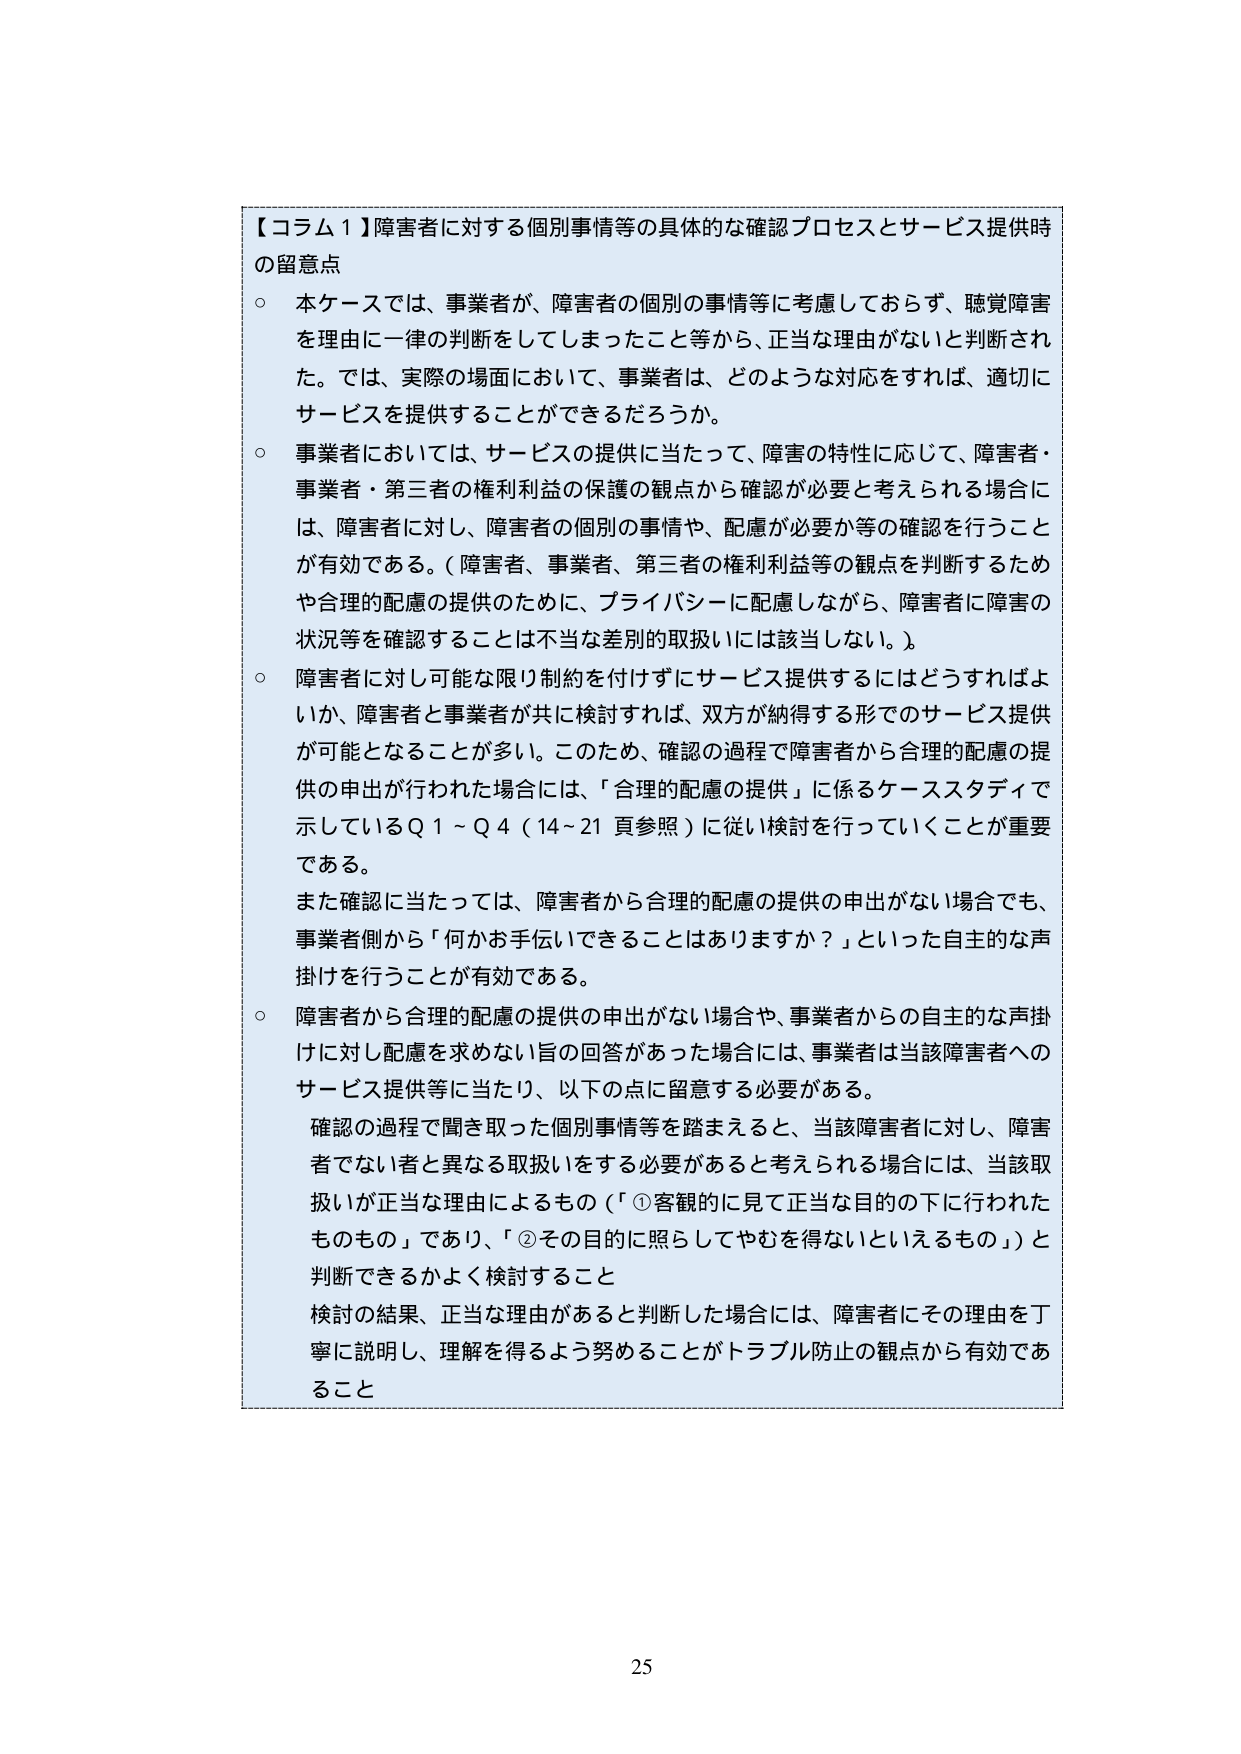
【コラム１】障害者に対する個別事情等の具体的な確認プロセスとサービス提供時の留意点

○ 本ケースでは、事業者が、障害者の個別の事情等に考慮しておらず、聴覚障害を理由に一律の判断をしてしまったこと等から、正当な理由がないと判断された。では、実際の場面において、事業者は、どのような対応をすれば、適切にサービスを提供することができるだろうか。

○ 事業者においては、サービスの提供に当たって、障害の特性に応じて、障害者・事業者・第三者の権利利益の保護の観点から確認が必要と考えられる場合には、障害者に対し、障害者の個別の事情や、配慮が必要か等の確認を行うことが有効である。（障害者、事業者、第三者の権利利益等の観点を判断するためや合理的配慮の提供のために、プライバシーに配慮しながら、障害者に障害の状況等を確認することは不当な差別的取扱いには該当しない。）

○ 障害者に対し可能な限り制約を付けずにサービス提供するにはどうすればよいか、障害者と事業者が共に検討すれば、双方が納得する形でのサービス提供が可能となることが多い。このため、確認の過程で障害者から合理的配慮の提供の申出が行われた場合には、「合理的配慮の提供」に係るケーススタディで示しているＱ１～Ｑ４（14～21頁参照）に従い検討を行っていくことが重要である。

また確認に当たっては、障害者から合理的配慮の提供の申出がない場合でも、事業者側から「何かお手伝いできることはありますか？」といった自主的な声掛けを行うことが有効である。

○ 障害者から合理的配慮の提供の申出がない場合や、事業者からの自主的な声掛けに対し配慮を求めない旨の回答があった場合には、事業者は当該障害者へのサービス提供等に当たり、以下の点に留意する必要がある。

確認の過程で聞き取った個別事情等を踏まえると、当該障害者に対し、障害者でない者と異なる取扱いをする必要があると考えられる場合には、当該取扱いが正当な理由によるもの（「①客観的に見て正当な目的の下に行われたものもの」であり、「②その目的に照らしてやむを得ないといえるもの」）と判断できるかよく検討すること

検討の結果、正当な理由があると判断した場合には、障害者にその理由を丁寧に説明し、理解を得るよう努めることがトラブル防止の観点から有効であること

25